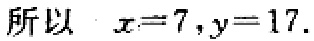
所以 \(x = 7,y = 17\).